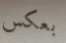
بعكس